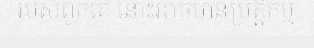
របស់ពួកគេ នោះអាចមានប្រត្តិកម្ម